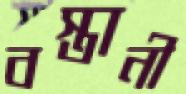
বস্তানী